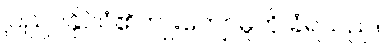
ပြည်ပနိုင်ငံ၏ကျူးကျော်မှုကို ခံရသည်။